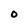
Character: 0